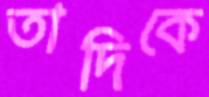
তাদিকে